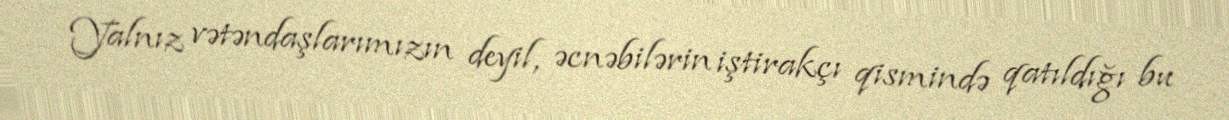
Yalnız vətəndaşlarımızın deyil, əcnəbilərin iştirakçı qismində qatıldığı bu